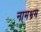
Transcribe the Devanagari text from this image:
नामभ्रम